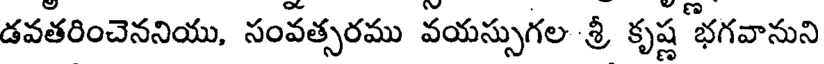
డవతరించెననియు, సంవత్సరము వయస్సుగల శ్రీ కృష్ణ భగవానుని